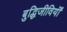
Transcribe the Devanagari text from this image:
बुद्धिजीवियॊं